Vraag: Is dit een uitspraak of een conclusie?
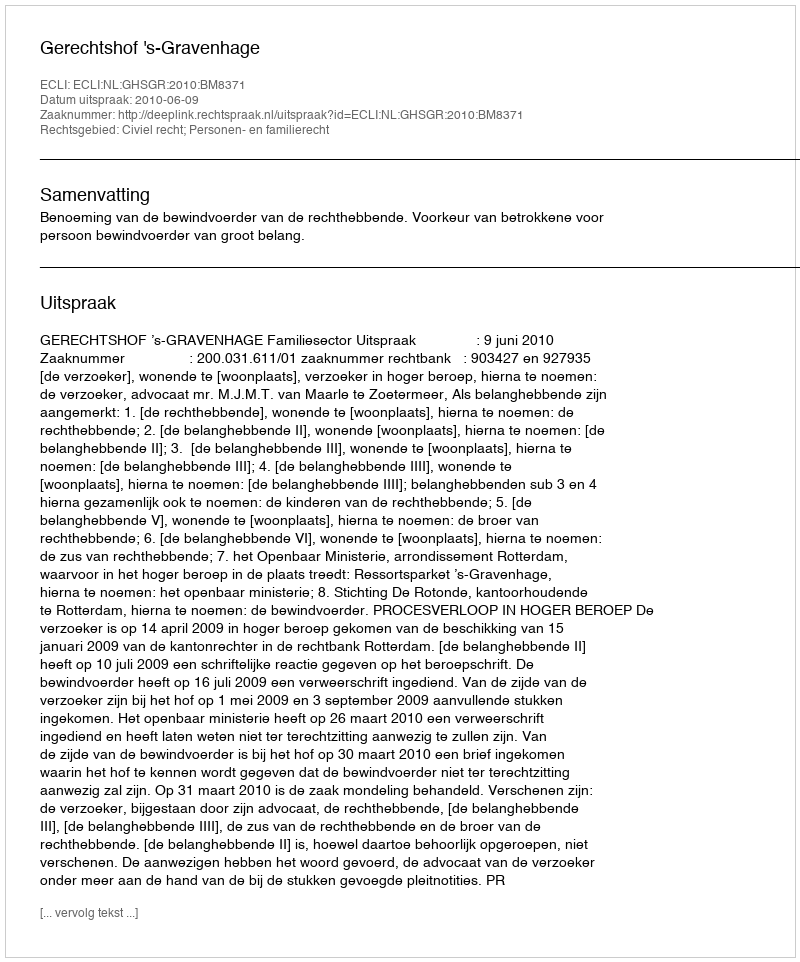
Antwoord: Uitspraak